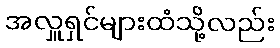
အလှူရှင်များထံသို့လည်း